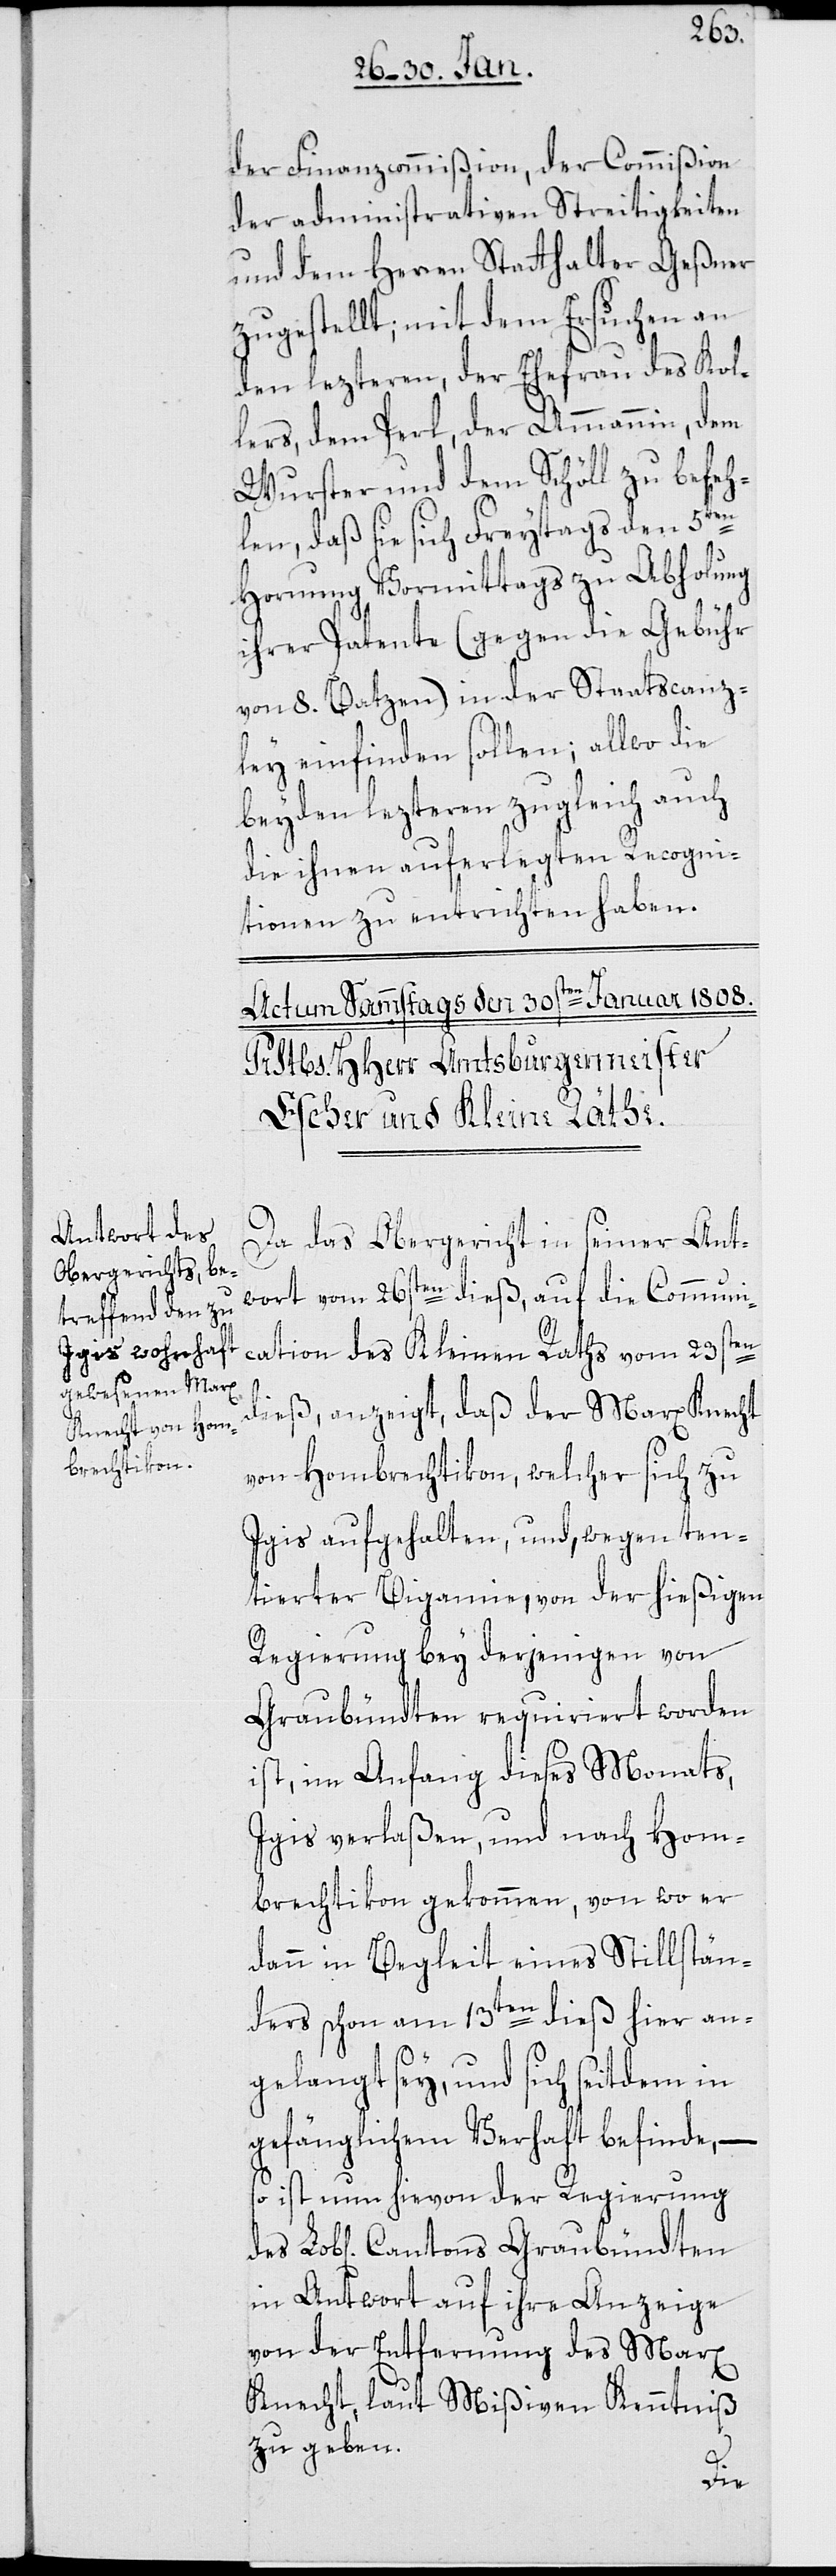
der Finanzcommißion, der Commißion
der administrativen Streitigkeiten
und dem Herren Statthalter Geßner
zugestellt; mit dem Ersuchen an
den lezteren, der Ehefrau des Kol¬
lers, dem Perl, der Ammannin, dem
Wurster und dem Schöll zu befeh¬
len, daß sie sich Freitags den 5ten
Hornung Vormittags zu Abholung
ihrer Patente (gegen die Gebühr
von 8 Batzen) in der Staatscanz¬
ley einfinden sollen; allwo die
beyden lezteren zugleich auch
die ihnen auferlegten Recogni¬
tionen zu entrichten haben.
Da das Obergericht in seiner Ant¬
wort vom 26sten dieß, auf die Communi¬
cation des Kleinen Raths vom 23sten
dieß anzeigt, daß der Marx Knecht
von Hombrechtikon, welcher sich zu
Igis aufgehalten, und, wegen ten¬
tierter Bigamie, von der hießigen
Regierung bey derjenigen von
Graubündten requiriert worden
ist, im Anfang dieses Monats,
Igis verlaßen, und nach Hom¬
brechtikon gekommen, von wo er
dann in Begleit eines Stillstän¬
ders schon am 13ten dieß hier an¬
gelangt sey, und sich seitdem in
gefänglichem Verhaft befinde, –
so ist nun hievon der Regierung
in Antwort auf ihre Anzeige
von der Entfernung des Marx
Knecht, laut Mißiven, Kenntniß
zu geben.
des